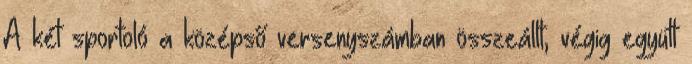
A két sportoló a középső versenyszámban összeállt, végig együtt